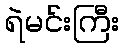
ရဲမင်းကြီး